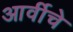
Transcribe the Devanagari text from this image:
आर्वीचे